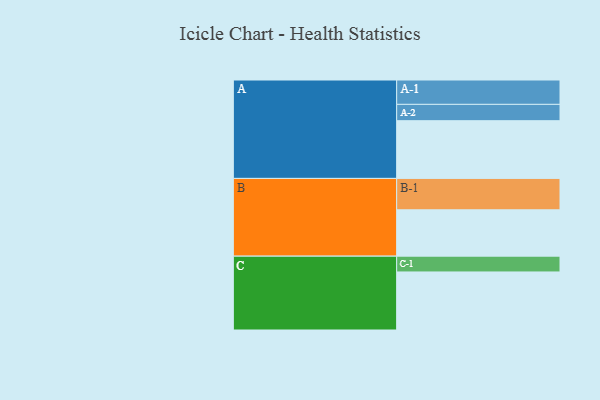
{"axis": {"x": "Segment", "y": "Value"}, "legend": ["", "A", "B", "C"], "data": [{"x": "A", "y": 533, "type": ""}, {"x": "B", "y": 428, "type": ""}, {"x": "C", "y": 536, "type": ""}, {"x": "A-1", "y": 225, "type": "A"}, {"x": "A-2", "y": 151, "type": "A"}, {"x": "B-1", "y": 290, "type": "B"}, {"x": "C-1", "y": 146, "type": "C"}]}